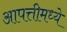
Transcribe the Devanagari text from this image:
आपत्तीमध्ये